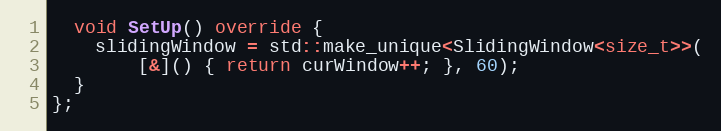
Language: C++
  void SetUp() override {
    slidingWindow = std::make_unique<SlidingWindow<size_t>>(
        [&]() { return curWindow++; }, 60);
  }
};